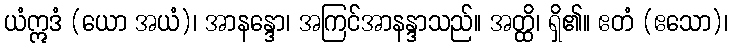
ယံဣဒံ (ယော အယံ)၊ အာနန္ဒော၊ အကြင်အာနန္ဒာသည်။ အတ္ထိ၊ ရှိ၏။ ဧတံ (ဧသော)၊